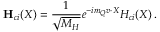
{ \bf H } _ { c i } ( X ) = { \frac { 1 } { \sqrt { M _ { H } } } } e ^ { - i m _ { Q } v \cdot X } H _ { c i } ( X ) \, .